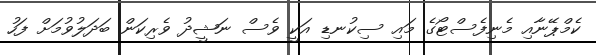
ކެމްޕޭނާއި މެނިފެސްޓޯގެ މައި ސިކުނޑި އަކީ ވެސް ނަޝީދު ވެރިކަން ބަދަލުވުމަށް ފަހު